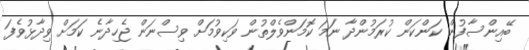
ބޭއިންސާފުން ކަންކަން ކުރަމުންދާ ނަމަ ކޮމަންވެލްތުން ވަކިވުމަށް ވިސްނަން ޖެހިދާނެ ކަމަށް ވިދާޅުވެފަ